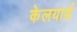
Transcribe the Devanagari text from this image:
केलयार्ड